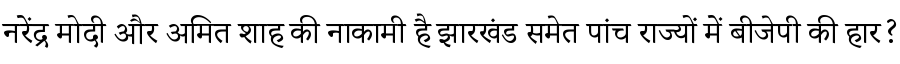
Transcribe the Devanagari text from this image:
नरेंद्र मोदी और अमित शाह की नाकामी है झारखंड समेत पांच राज्यों में बीजेपी की हार?